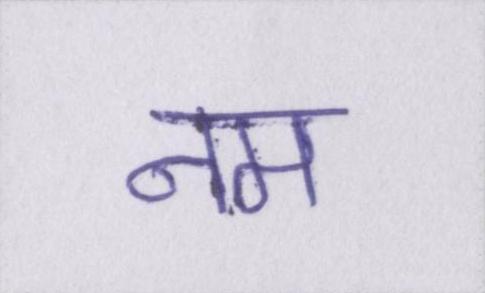
नम